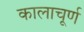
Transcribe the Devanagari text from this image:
कालाचूर्ण